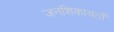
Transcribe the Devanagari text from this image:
जनशिकायतों